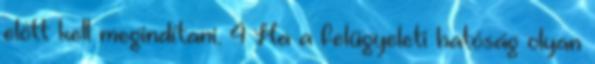
előtt kell megindítani. 4 Ha a felügyeleti hatóság olyan